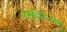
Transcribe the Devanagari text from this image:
२५६३६२७